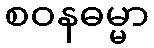
စဝနဓမ္မာ